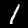
Label: 1